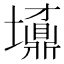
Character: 𡓀